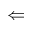
\Leftarrow